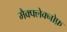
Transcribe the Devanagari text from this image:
मैक्फ्लेक्नोफ़